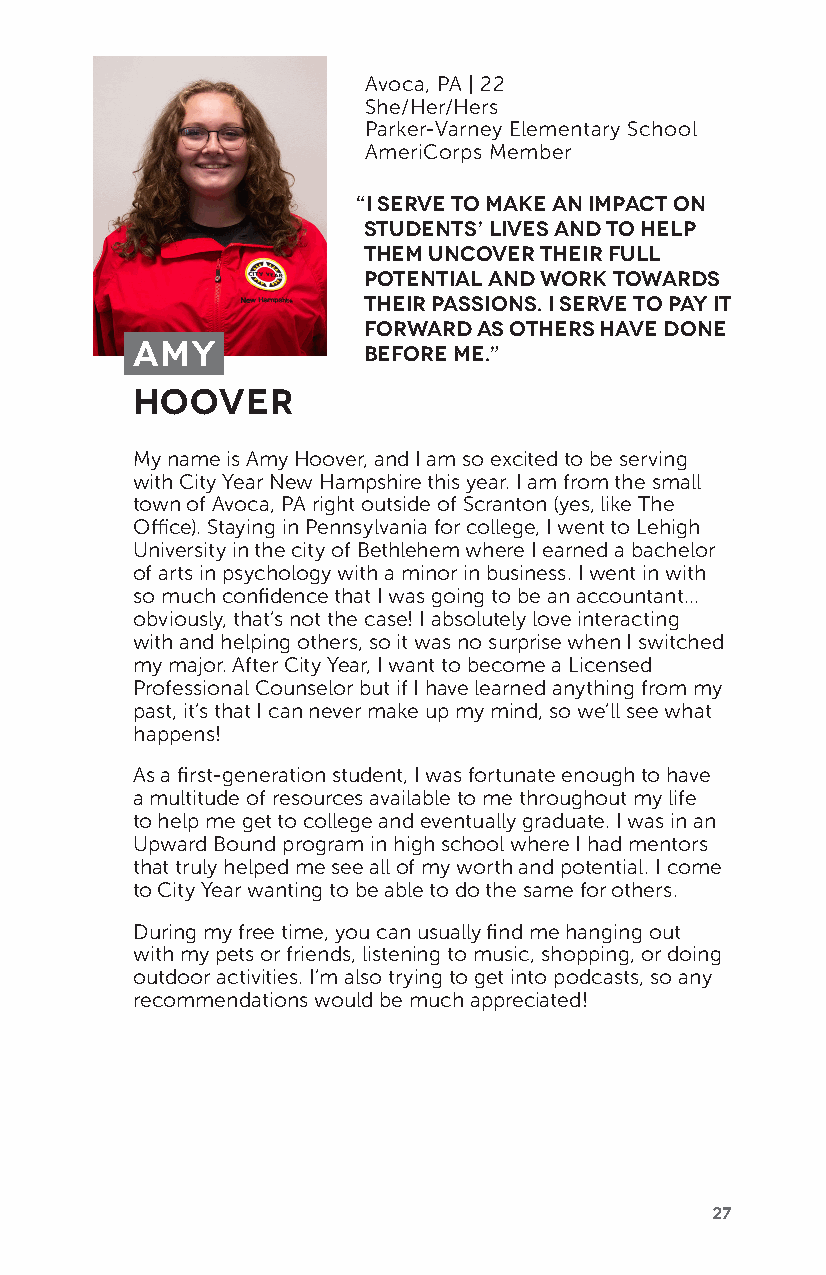
Avoca, PA | 22
 She/Her/Hers
 Parker-Varney Elementary School
 AmeriCorps Member
 “I serve to make an impact on
 students’ lives and to help
 them uncover their full
 potential and work towards
 their passions. I serve to pay it
 forward as others have done
 Amy            before me.”
 Hoover
 My name is Amy Hoover, and I am so excited to be serving
 with City Year New Hampshire this year. I am from the small
 town of Avoca, PA right outside of Scranton (yes, like The
 Office). Staying in Pennsylvania for college, I went to Lehigh
 University in the city of Bethlehem where I earned a bachelor
 of arts in psychology with a minor in business. I went in with
 so much confidence that I was going to be an accountant...
 obviously, that’s not the case! I absolutely love interacting
 with and helping others, so it was no surprise when I switched
 my major. After City Year, I want to become a Licensed
 Professional Counselor but if I have learned anything from my
 past, it’s that I can never make up my mind, so we’ll see what
 happens!
 As a first-generation student, I was fortunate enough to have
 a multitude of resources available to me throughout my life
 to help me get to college and eventually graduate. I was in an
 Upward Bound program in high school where I had mentors
 that truly helped me see all of my worth and potential. I come
 to City Year wanting to be able to do the same for others.
 During my free time, you can usually find me hanging out
 with my pets or friends, listening to music, shopping, or doing
 outdoor activities. I’m also trying to get into podcasts, so any
 recommendations would be much appreciated!
 27